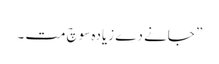
” جانے دے زیادہ سوچ مت ۔